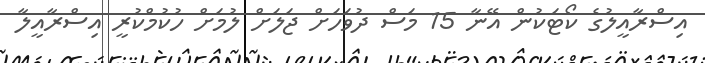
އިސްރާއީލުގެ ކޯޓަކުން އޭނާ 15 މަސް ދުވަހަށް ޖަލަށް ލުމަށް ހުކުމްކުރީ އިސްރާއީލާ